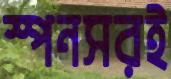
স্পনসরই